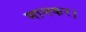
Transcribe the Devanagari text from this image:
मानकर।